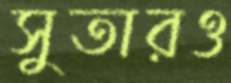
সুতারও